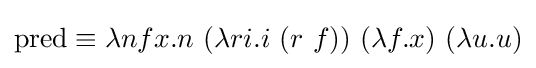
\operatorname {pred} \equiv \lambda nfx.n\ (\lambda ri.i\ (r\ f))\ (\lambda f.x)\ (\lambda u.u)